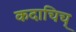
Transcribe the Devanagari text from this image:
कदाचिच्